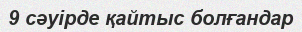
9 сәуірде қайтыс болғандар